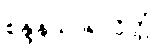
စန္ဒနသာရလိတ္တံ